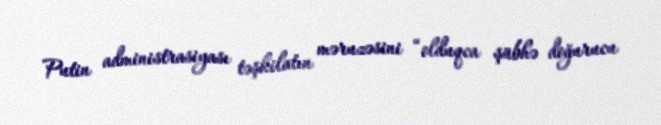
Putin administrasiyası təşkilatın məruzəsini “olduqca şübhə doğurucu